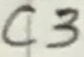
Text: C3